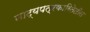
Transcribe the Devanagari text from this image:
नाट्यपत्रकारितेतील